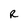
Character: R